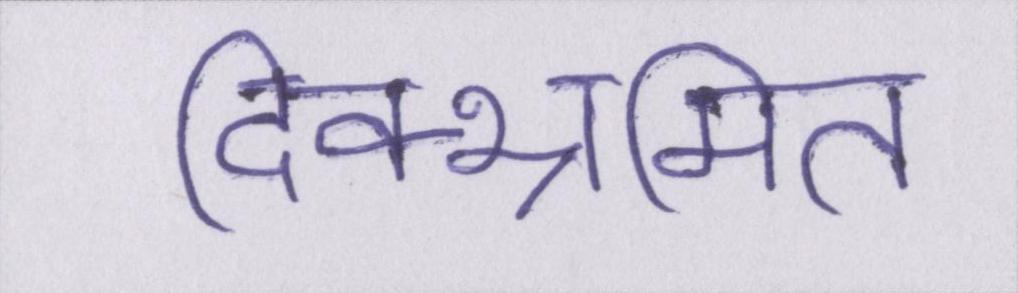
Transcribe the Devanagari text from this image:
दिक्भ्रमित